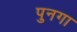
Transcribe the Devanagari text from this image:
पुनगा